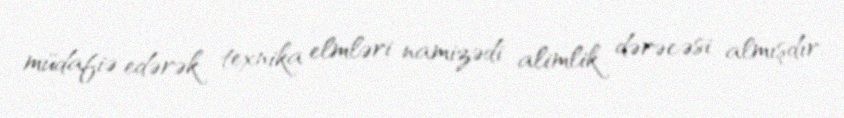
müdafiə edərək texnika elmləri namizədi alimlik dərəcəsi almışdır.